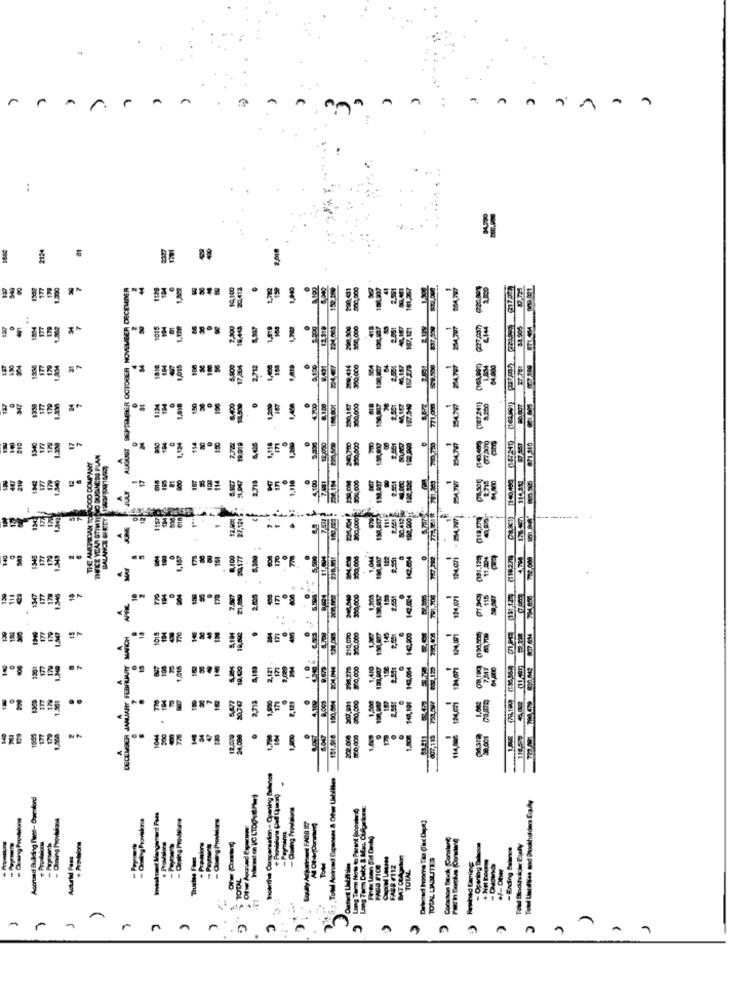
n
:
2124
BE ##
PAULY AUGUST SEPTEMBER OCTOBER NOVEMBER DECEMBER
19,100
-
2,000
------------
177
8.000
2.712
74/008
(IE7241)
179
1124
180
106
150
4,118
DECE YEAR STINTINO BUGINEDO PLAN
THE AMEPOMIN TO LOCO DOUPANY
447
219
114
2.718
140
85º
1
27.124
130,0175
20.477
142.054
031.129
119.275
21,000
2.000
115
151 175
150,004 204 CH 13,005
154
DECEMBER JANUARY FEBRUARY MARCH
1€,200
177
177
4,089
·
Aconand Building Plast- Dosenford
Long Term Note to Parant (ocostuni0)
Investment Mangement Fans
-Payments
+ Prodalons
-Ending Seines
Actured Pass
TOTAL LIASUITES
Prahad Eaming
A## #112
TOTAL
TOTAL